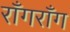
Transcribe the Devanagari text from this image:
राँगराँग